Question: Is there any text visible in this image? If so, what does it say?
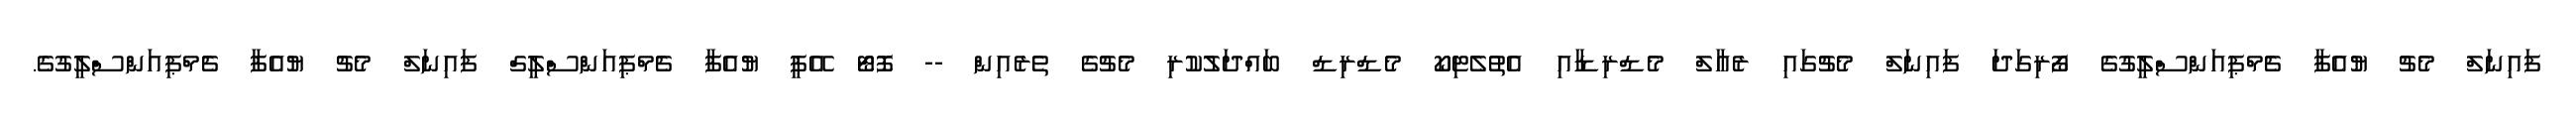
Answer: ފައިނަލް މެޗު ޔުއެފާ ޗެމްޕިއަންސްލީގުގެ ފޯރިގަދަ ފައިނަލް މެޗުގައި ރެއާލް މެޑްރިޑާއި އެތުލެޓިކޯ މެޑްރިޑް ބައްދަލުކުރި މެޗުގެ ތެރެއިން -- ފޮޓޯ އޭޕީ ޔުއެފާ ޗެމްޕިއަންސްލީގް ފައިނަލް މެޗު ޔުއެފާ ޗެމްޕިއަންސްލީގުގެ.